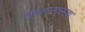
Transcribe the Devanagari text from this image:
चंदनासारखा